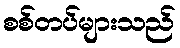
စစ်တပ်များသည်